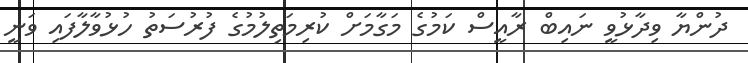
ދުންޔާ ވިދާޅުވީ ނައިބް ރާއީސް ކަމުގެ މަގާމަށް ކުރިމަތިލުމުގެ ފުރުސަތު ހުޅުވާލާފައި ވަނީ